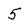
Character: 5